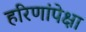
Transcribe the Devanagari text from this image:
हरिणांपेक्षा